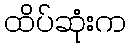
ထိပ်ဆုံးက